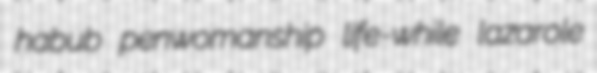
habub penwomanship life-while lazarole